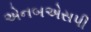
એનબએસપી